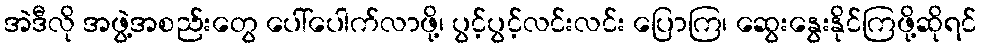
အဲဒီလို အဖွဲ့အစည်းတွေ ပေါ်ပေါက်လာဖို့၊ ပွင့်ပွင့်လင်းလင်း ပြောကြ၊ ဆွေးနွေးနိုင်ကြဖို့ဆိုရင်